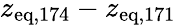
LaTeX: z_{\mathrm{eq},174}-z_{\mathrm{eq},171}